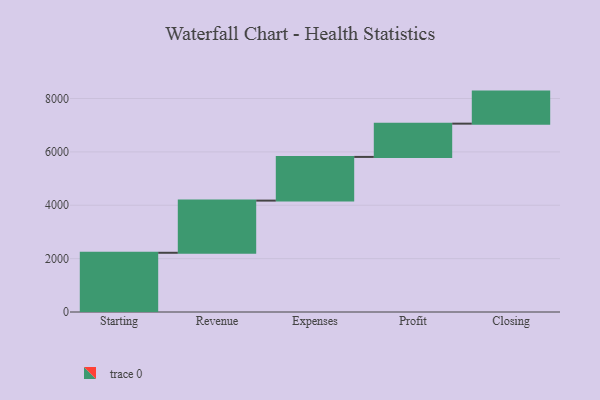
{"axis": {"x": "Step", "y": "Value"}, "legend": [""], "data": [{"x": "Starting", "y": 2219.0, "type": ""}, {"x": "Revenue", "y": 1955.0, "type": ""}, {"x": "Expenses", "y": 1637.0, "type": ""}, {"x": "Profit", "y": 1246.0, "type": ""}, {"x": "Closing", "y": 1201.0, "type": ""}]}